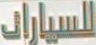
السيارات